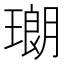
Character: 𤨡